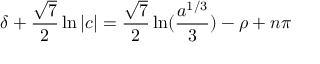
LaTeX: \delta + \frac { \sqrt 7 } { 2 } \ln | c | = \frac { \sqrt 7 } 2 \ln ( \frac { a ^ { 1 / 3 } } 3 ) - \rho + n \pi